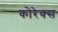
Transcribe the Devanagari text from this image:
कोरेक्स